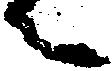
々